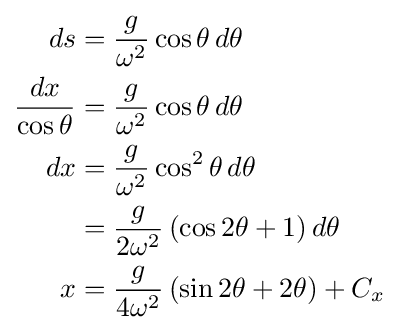
{\begin{aligned}ds&={\frac {g}{\omega ^{2}}}\cos \theta \,d\theta \\{\frac {dx}{\cos \theta }}&={\frac {g}{\omega ^{2}}}\cos \theta \,d\theta \\dx&={\frac {g}{\omega ^{2}}}\cos ^{2}\theta \,d\theta \\&={\frac {g}{2\omega ^{2}}}\left(\cos 2\theta +1\right)d\theta \\x&={\frac {g}{4\omega ^{2}}}\left(\sin 2\theta +2\theta \right)+C_{x}\end{aligned}}